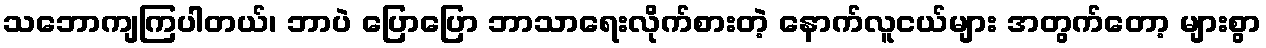
သဘောကျကြပါတယ်၊ ဘာပဲ ပြောပြော ဘာသာရေးလိုက်စားတဲ့ နောက်လူငယ်များ အတွက်တော့ များစွာ